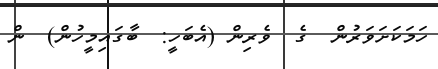
ހަމަކަށަވަރުން  ގެ  ވެރިން (އެބަހީ:  ބާގައިމީހުން)  ން